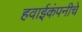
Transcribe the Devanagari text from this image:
हवाईकंपनीचे